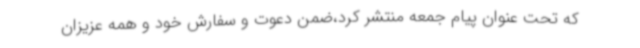
که تحت عنوان پیام جمعه منتشر کرد،ضمن دعوت و سفارش خود و همه عزیزان